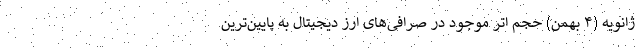
ژانویه (۴ بهمن) حجم اتر موجود در صرافی‌های ارز دیجیتال به پایین‌ترین